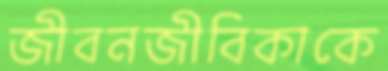
জীবনজীবিকাকে